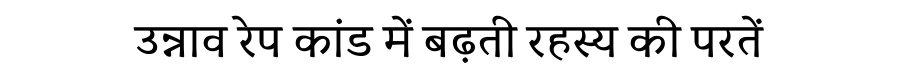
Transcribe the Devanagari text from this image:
उन्नाव रेप कांड में बढ़ती रहस्य की परतें